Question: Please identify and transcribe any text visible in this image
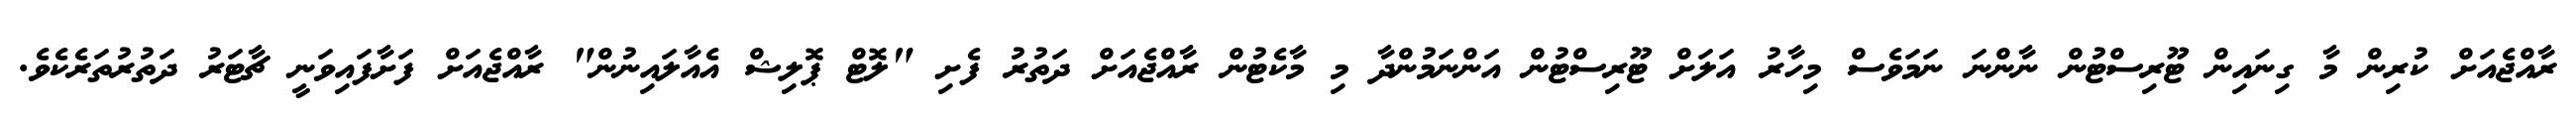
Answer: ރާއްޖެއަށް ކުރިން މާ ގިނައިން ޓޫރިސްޓުން ނާންނަ ނަމަވެސް މިހާރު އަލަށް ޓޫރިސްޓުން އަންނަމުންދާ މި މާކެޓުން ރާއްޖެއަށް ދަތުރު ފެށި "ލޮޓް ޕޮލިޝް އެއާލައިނުން" ރާއްޖެއަށް ފަށާފައިވަނީ ޗާޓަރު ދަތުރުތަރެކެވެ.